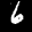
Label: 6